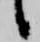
候